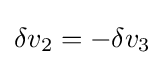
\delta v_{2}=-\delta v_{3}